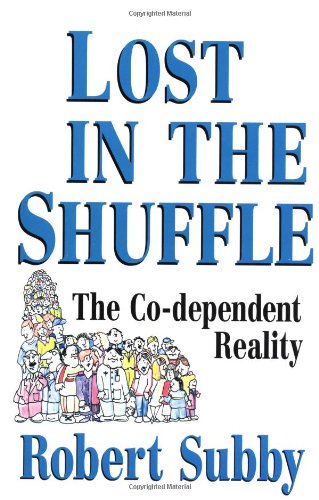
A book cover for Lost In The Shuffle: The Co-Dependent Reality; Robert Subby; Health, Fitness & Dieting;